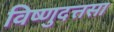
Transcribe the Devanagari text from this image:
विष्णुदत्तसा